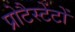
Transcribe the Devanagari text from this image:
प्रोटैस्टेंटों